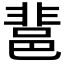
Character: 𨛬